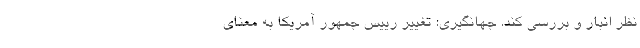
نظر انبار و بررسی کند. جهانگیری: تغییر رییس جمهور آمریکا به معنای